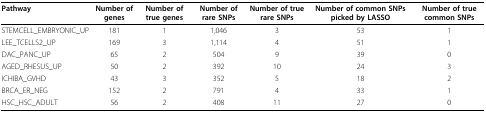
<table><thead><tr><td><b>Pathway</b></td><td><b>Number of genes</b></td><td><b>Number of true genes</b></td><td><b>Number of rare SNPs</b></td><td><b>Number of true rare SNPs</b></td><td><b>Number of common SNPs picked by LASSO</b></td><td><b>Number of true common SNPs</b></td></tr></thead><tbody><tr><td>STEMCELL_EMBRYONIC_UP</td><td>181</td><td>1</td><td>1,046</td><td>3</td><td>53</td><td>1</td></tr><tr><td>LEE_TCELLS2_UP</td><td>169</td><td>3</td><td>1,114</td><td>4</td><td>51</td><td>1</td></tr><tr><td>DAC_PANC_UP</td><td>65</td><td>2</td><td>504</td><td>9</td><td>39</td><td>0</td></tr><tr><td>AGED_RHESUS_UP</td><td>50</td><td>2</td><td>392</td><td>10</td><td>24</td><td>3</td></tr><tr><td>ICHIBA_GVHD</td><td>43</td><td>3</td><td>352</td><td>5</td><td>18</td><td>2</td></tr><tr><td>BRCA_ER_NEG</td><td>152</td><td>2</td><td>791</td><td>4</td><td>33</td><td>1</td></tr><tr><td>HSC_HSC_ADULT</td><td>56</td><td>2</td><td>408</td><td>11</td><td>27</td><td>0</td></tr></tbody></table>